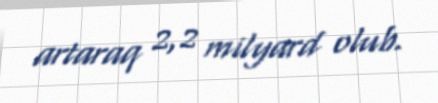
artaraq 2,2 milyard olub.